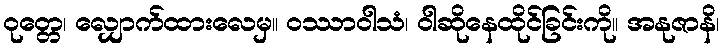
ဝုတ္တေ၊ လျှောက်ထားလေမှ။ ဝဿာဝါသံ၊ ဝါဆိုနေထိုင်ခြင်းကို။ အနုဇာနိ၊